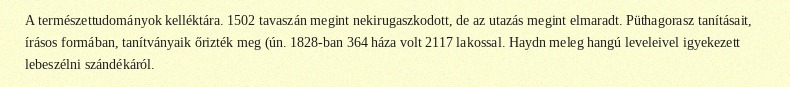
A természettudományok kelléktára. 1502 tavaszán megint nekirugaszkodott, de az utazás megint elmaradt. Püthagorasz tanításait, írásos formában, tanítványaik őrizték meg (ún. 1828-ban 364 háza volt 2117 lakossal. Haydn meleg hangú leveleivel igyekezett lebeszélni szándékáról.